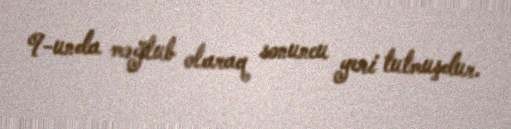
9-unda məğlub olaraq sonuncu yeri tutmuşdur.